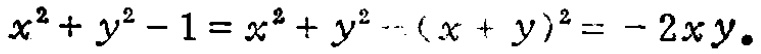
$x^{2}+y^{2}-1=x^{2}+y^{2}-(x + y)^{2}=-2xy.$